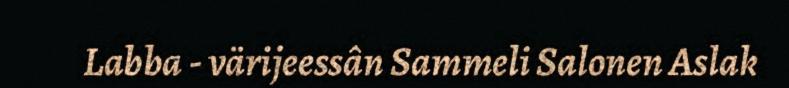
Labba - värijeessân Sammeli Salonen Aslak